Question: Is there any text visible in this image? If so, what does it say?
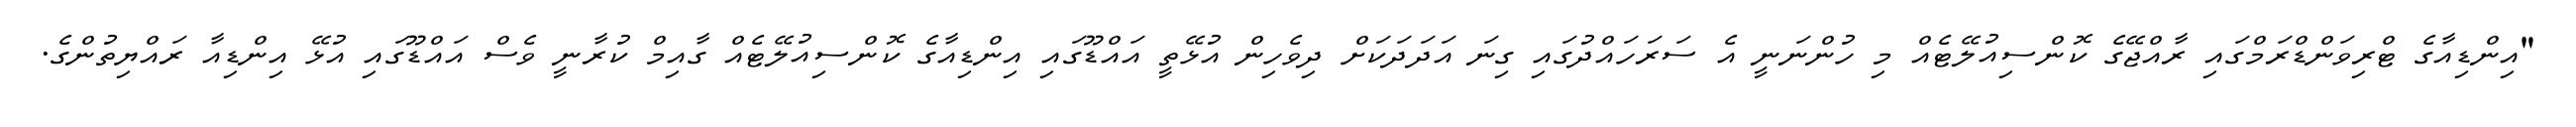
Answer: "އިންޑިއާގެ ޓްރިވަންޑްރަމްގައި ރާއްޖޭގެ ކޮންސިއުލޭޓެއް މި ހުންނަނީ އެ ސަރަހައްދުގައި ގިނަ އަދަދަކަށް ދިވެހިން އުޅޭތީ އައްޑޫގައި އިންޑިއާގެ ކޮންސިއުލޭޓެއް ގާއިމް ކުރާނީ ވެސް އައްޑޫގައި އުޅޭ އިންޑިއާ ރައްޔިތުންގެ.